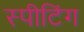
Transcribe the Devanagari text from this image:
स्पीटिंग